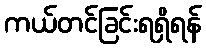
ကယ်တင်ခြင်းရရှိရန်